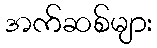
အက်ဆစ်များ